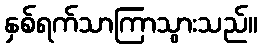
နှစ်ရက်သာကြာသွားသည်။